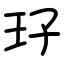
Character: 㺭